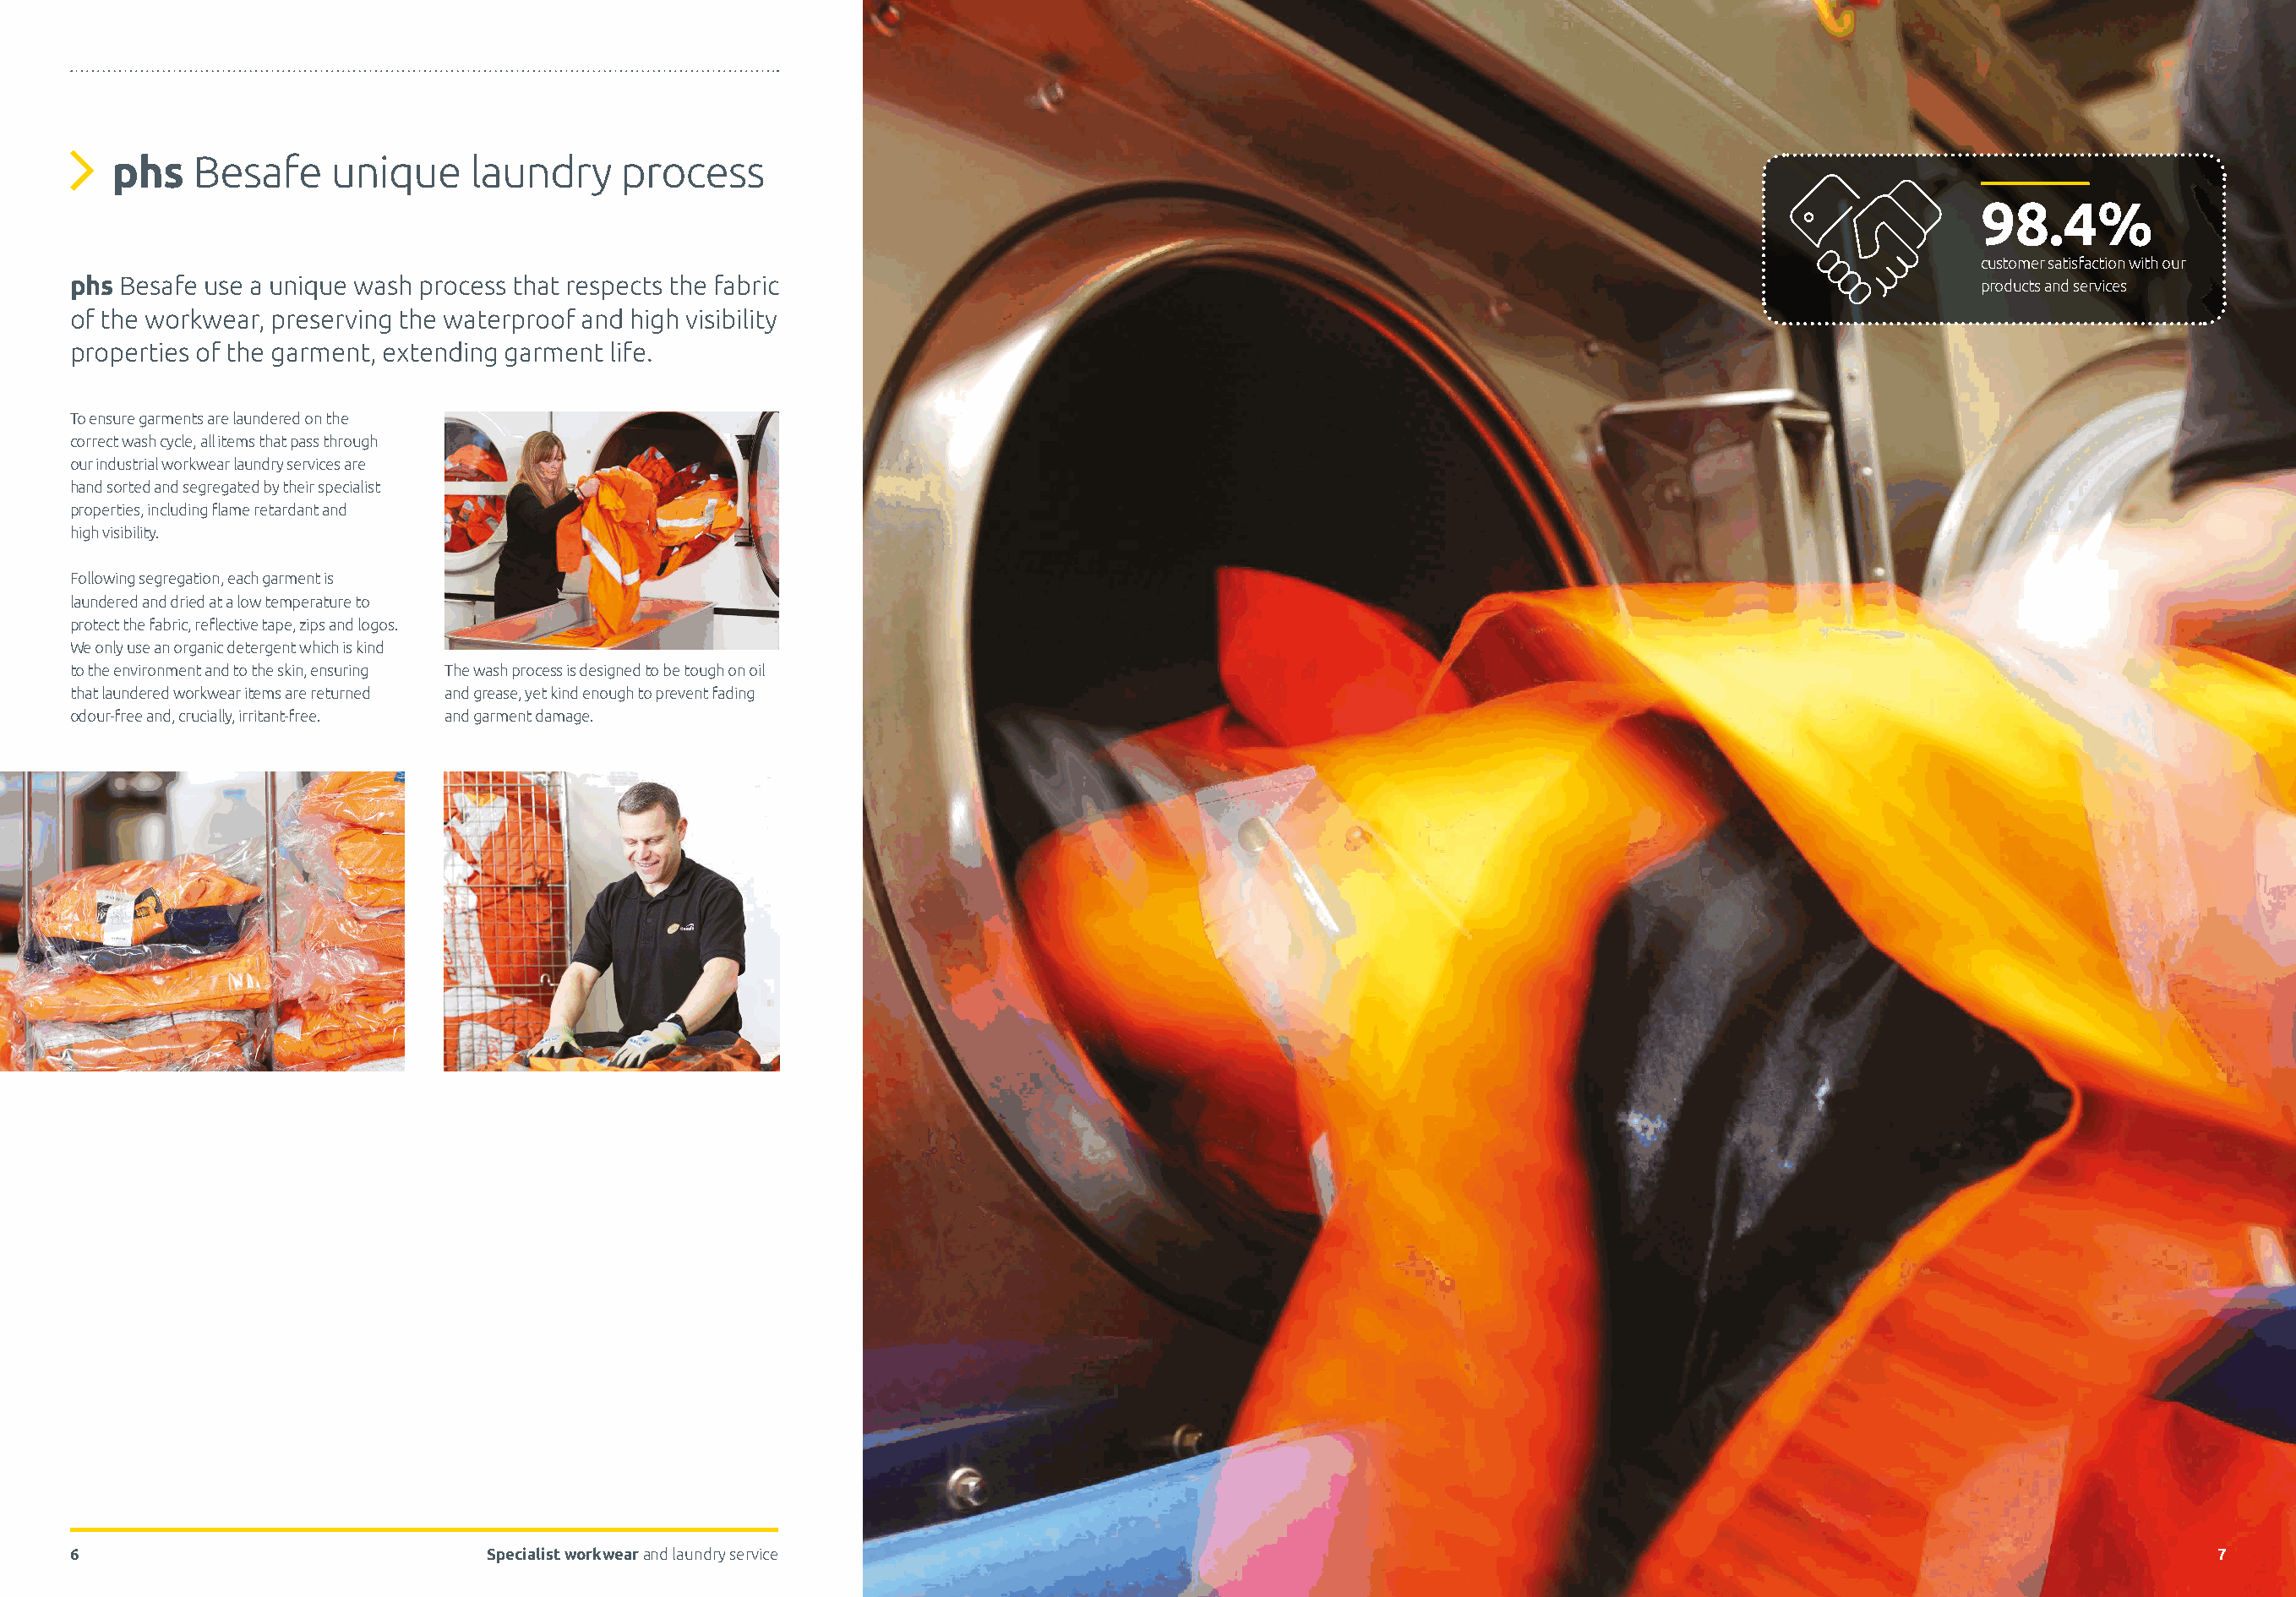
phs   Besafe     unique     laundry     process
 98.4%
 customer satisfaction with our
 phs Besafe use a unique wash process that respects the fabric                                                                                         products and services
 of the workwear, preserving the waterproof and high visibility
 properties of the garment, extending garment life.
 To ensure garments are laundered on the
 correct wash cycle, all items that pass through
 our industrial workwear laundry services are
 hand sorted and segregated by their specialist
 properties, including flame retardant and
 high visibility.
 Following segregation, each garment is
 laundered and dried at a low temperature to
 protect the fabric, reflective tape, zips and logos.
 We only use an organic detergent which is kind
 to the environment and to the skin, ensuring The wash process is designed to be tough on oil
 that laundered workwear items are returned and grease, yet kind enough to prevent fading
 odour-free and, crucially, irritant-free. and garment damage.
 6                                Specialist workwear and laundry service                                                                                                 7